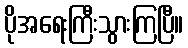
ပိုအရေးကြီးသွားကြပြီ။